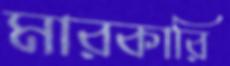
মারকারি